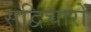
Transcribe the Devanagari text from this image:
सद्विचारों